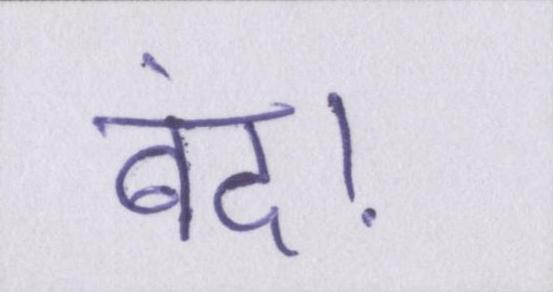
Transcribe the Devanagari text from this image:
बंद।